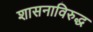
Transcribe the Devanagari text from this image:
शासनाविरुद्ध